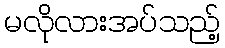
မလိုလားအပ်သည့်